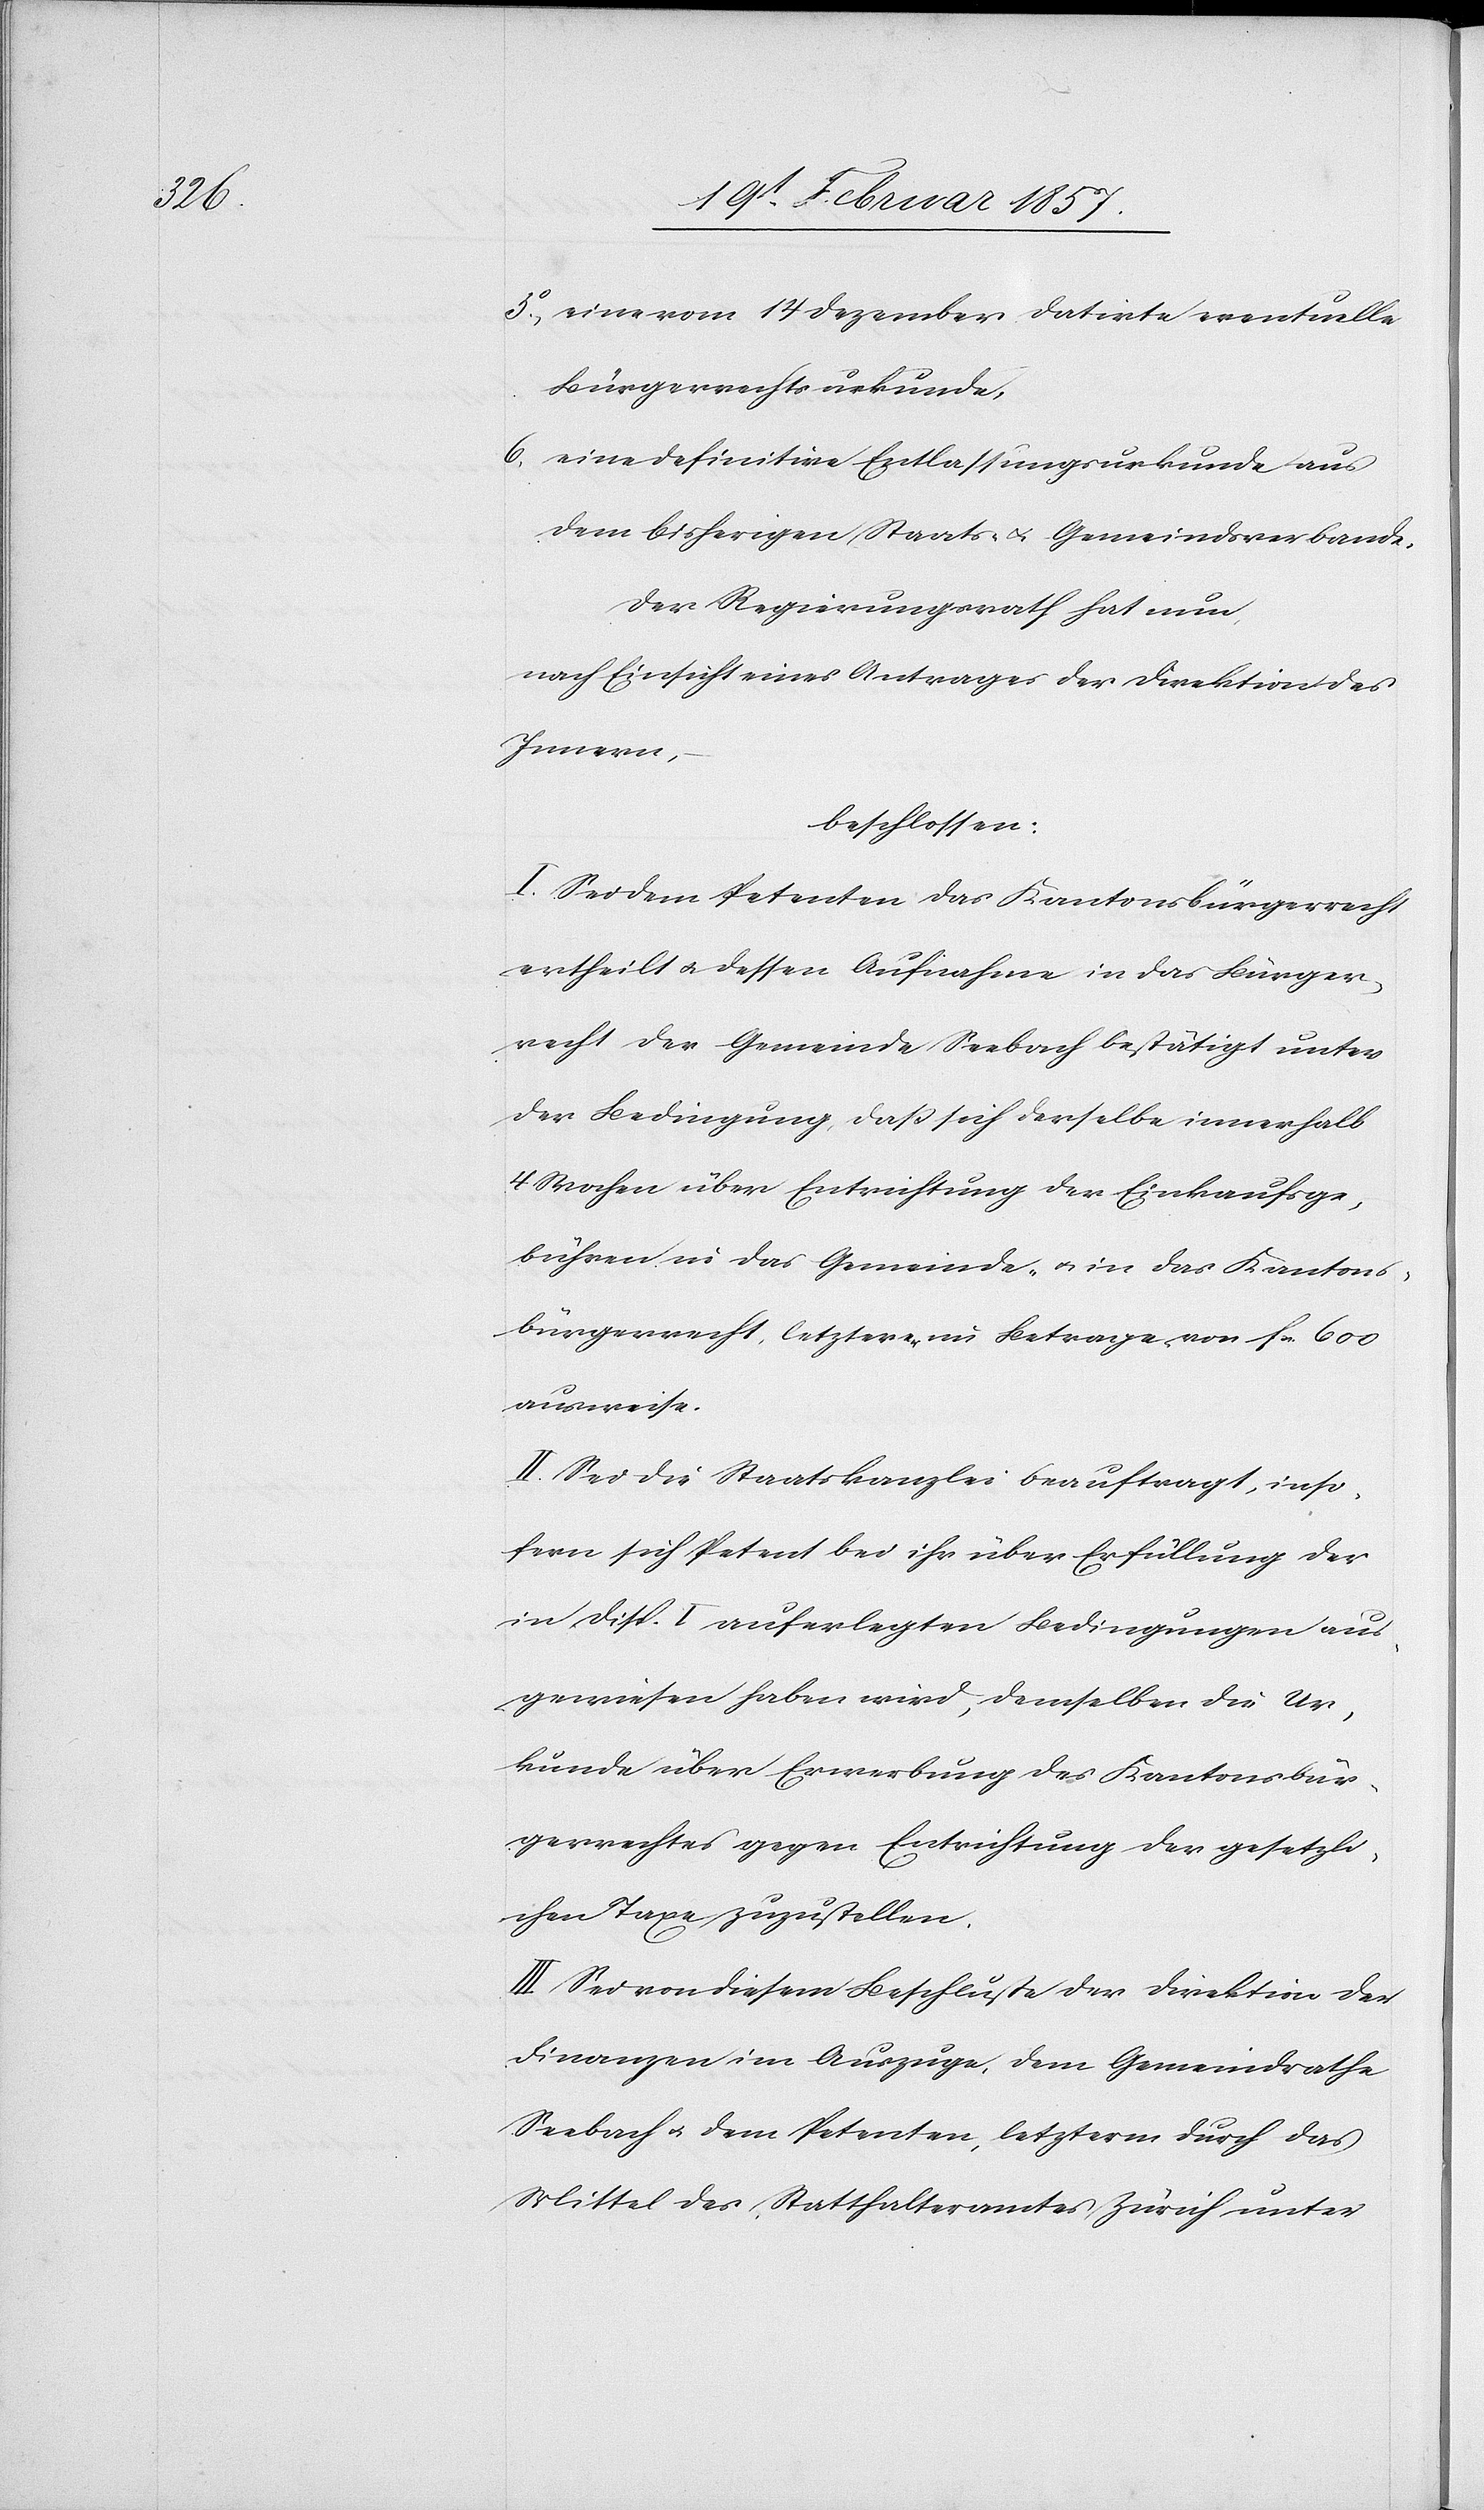
5o eine vom 14 Dezember datirte eventuelle
Bürgerrechtsurkunde,
6. eine definitive Entlassungsurkunde aus
dem bisherigen Staats- u. Gemeindsverbande,
Der Regierungsrath hat nun,
nach Einsicht eines Antrages der Direktion des
Innern,
beschlossen:
I. Sei dem Petenten das Kantonsbürgerrecht
ertheilt u. dessen Aufnahme in das Bürger¬
recht der Gemeinde Seebach bestätigt unter
der Bedingung, daß sich derselbe innerhalb
4 Wochen über Entrichtung der Einkaufsge¬
bühren in das Gemeinde- u. in das Kantons¬
bürgerrecht, letzterer Betrage von fr 600
ausweise.
II. Sei die Staatskanzlei beauftragt, inso¬
fern sich Petent bei ihr über Erfüllung der
in Disp. I auferlegten Bedingungen aus¬
gewiesen haben wird, demselben die Ur¬
kunde über Erwerbung des Kantonsbür¬
gerrechts gegen Entrichtung der gesetzli¬
chen Taxe zuzustellen.
III. Sei von diesem Beschlusse der Direktion der
Finanzen im Auszuge, dem Gemeindrathe
Seebach u. dem Petenten, letzterm durch das
Mittel des Statthalteramtes Zürich unter